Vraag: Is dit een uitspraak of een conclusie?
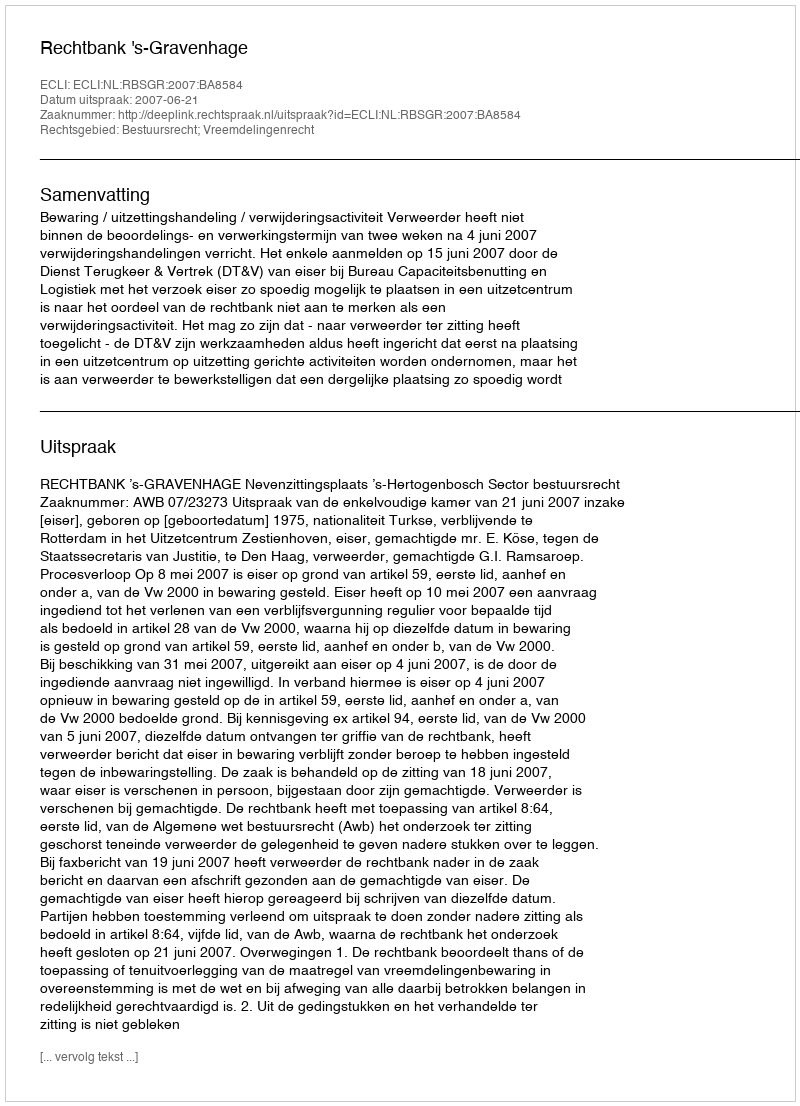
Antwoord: Uitspraak